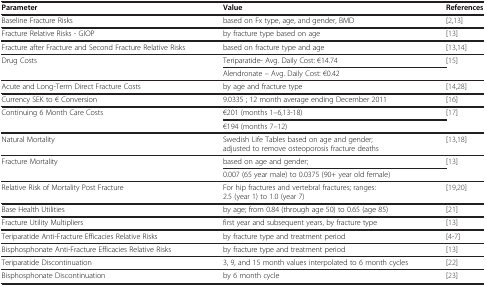
| Parameter | Value | References |
 | --- | --- | --- |
 | Baseline Fracture Risks | based on Fx type, age, and gender, BMD | [2,13] |
 | Fracture Relative Risks - GIOP | by fracture type based on age | [13] |
 | Fracture after Fracture and Second Fracture Relative Risks | based on fracture type and age | [13,14] |
 | Drug Costs | Teriparatide- Avg. Daily Cost: €14.74 | [15] |
 |  | Alendronate – Avg. Daily Cost: €0.42 |  |
 | Acute and Long-Term Direct Fracture Costs | by age and fracture type | [14,28] |
 | Currency SEK to € Conversion | 9.0335 ; 12 month average ending December 2011 | [16] |
 | Continuing 6 Month Care Costs | €201 (months 1–6,13-18) | [17] |
 |  | €194 (months 7–12) |  |
 | Natural Mortality | Swedish Life Tables based on age and gender; adjusted to remove osteoporosis fracture deaths | [13,18] |
 | Fracture Mortality | based on age and gender; | [13] |
 |  | 0.007 (65 year male) to 0.0375 (90+ year old female) |  |
 | Relative Risk of Mortality Post Fracture | For hip fractures and vertebral fractures; ranges: 2.5 (year 1) to 1.0 (year 7) | [19,20] |
 | Base Health Utilities | by age; from 0.84 (through age 50) to 0.65 (age 85) | [21] |
 | Fracture Utility Multipliers | first year and subsequent years, by fracture type | [13] |
 | Teriparatide Anti-Fracture Efficacies Relative Risks | by fracture type and treatment period | [4-7] |
 | Bisphosphonate Anti-Fracture Efficacies Relative Risks | by fracture type and treatment period | [13] |
 | Teriparatide Discontinuation | 3, 9, and 15 month values interpolated to 6 month cycles | [22] |
 | Bisphosphonate Discontinuation | by 6 month cycle | [23] |